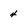
Character: 4